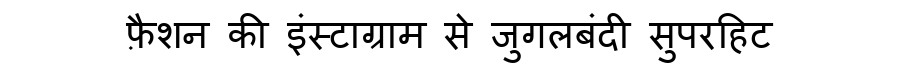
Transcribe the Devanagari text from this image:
फ़ैशन की इंस्टाग्राम से जुगलबंदी सुपरहिट